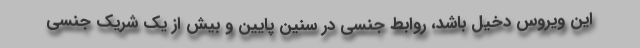
این ویروس دخیل باشد، روابط جنسی در سنین پایین و بیش از یک شریک جنسی